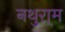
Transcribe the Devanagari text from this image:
नथुरा्म